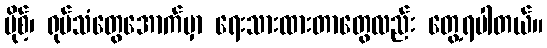
ပိုစ့်၊ ရုပ်သံတွေအောက်မှာ ရေးသားထားတာတွေလည်း တွေ့ရပါတယ်။